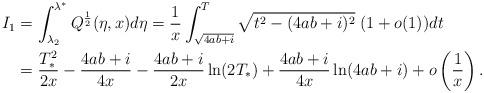
LaTeX: \begin{align*}I_1&=\int_{\lambda_2}^{\lambda^*}Q^{\frac{1}{2}}(\eta,x)d\eta=\frac{1}{x}\int_{\sqrt{4a b+i}}^{T}\sqrt{t^2-(4a b+i)^2}\; (1+o(1))d t \\&=\frac{T_{*}^2}{2x}-\frac{4a b+i}{4x}-\frac{4a b+i}{2x}\ln(2T_*)+\frac{4a b+i}{4x}\ln(4a b+i)+o\left (\frac 1 x\right ).\end{align*}